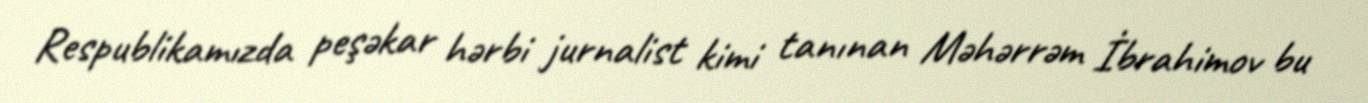
Respublikamızda peşəkar hərbi jurnalist kimi tanınan Məhərrəm İbrahimov bu